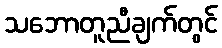
သဘောတူညီချက်တွင်